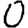
Digit: 0